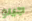
جينو